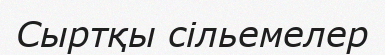
Сыртқы сільемелер